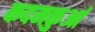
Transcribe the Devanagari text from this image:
कदमकुआं